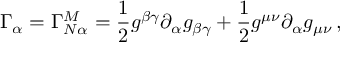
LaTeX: \Gamma _ { \alpha } = \Gamma _ { N \alpha } ^ { M } = \frac { 1 } { 2 } g ^ { \beta \gamma } \partial _ { \alpha } g _ { \beta \gamma } + \frac { 1 } { 2 } g ^ { \mu \nu } \partial _ { \alpha } g _ { \mu \nu } \, ,